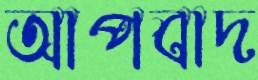
আপবাদ